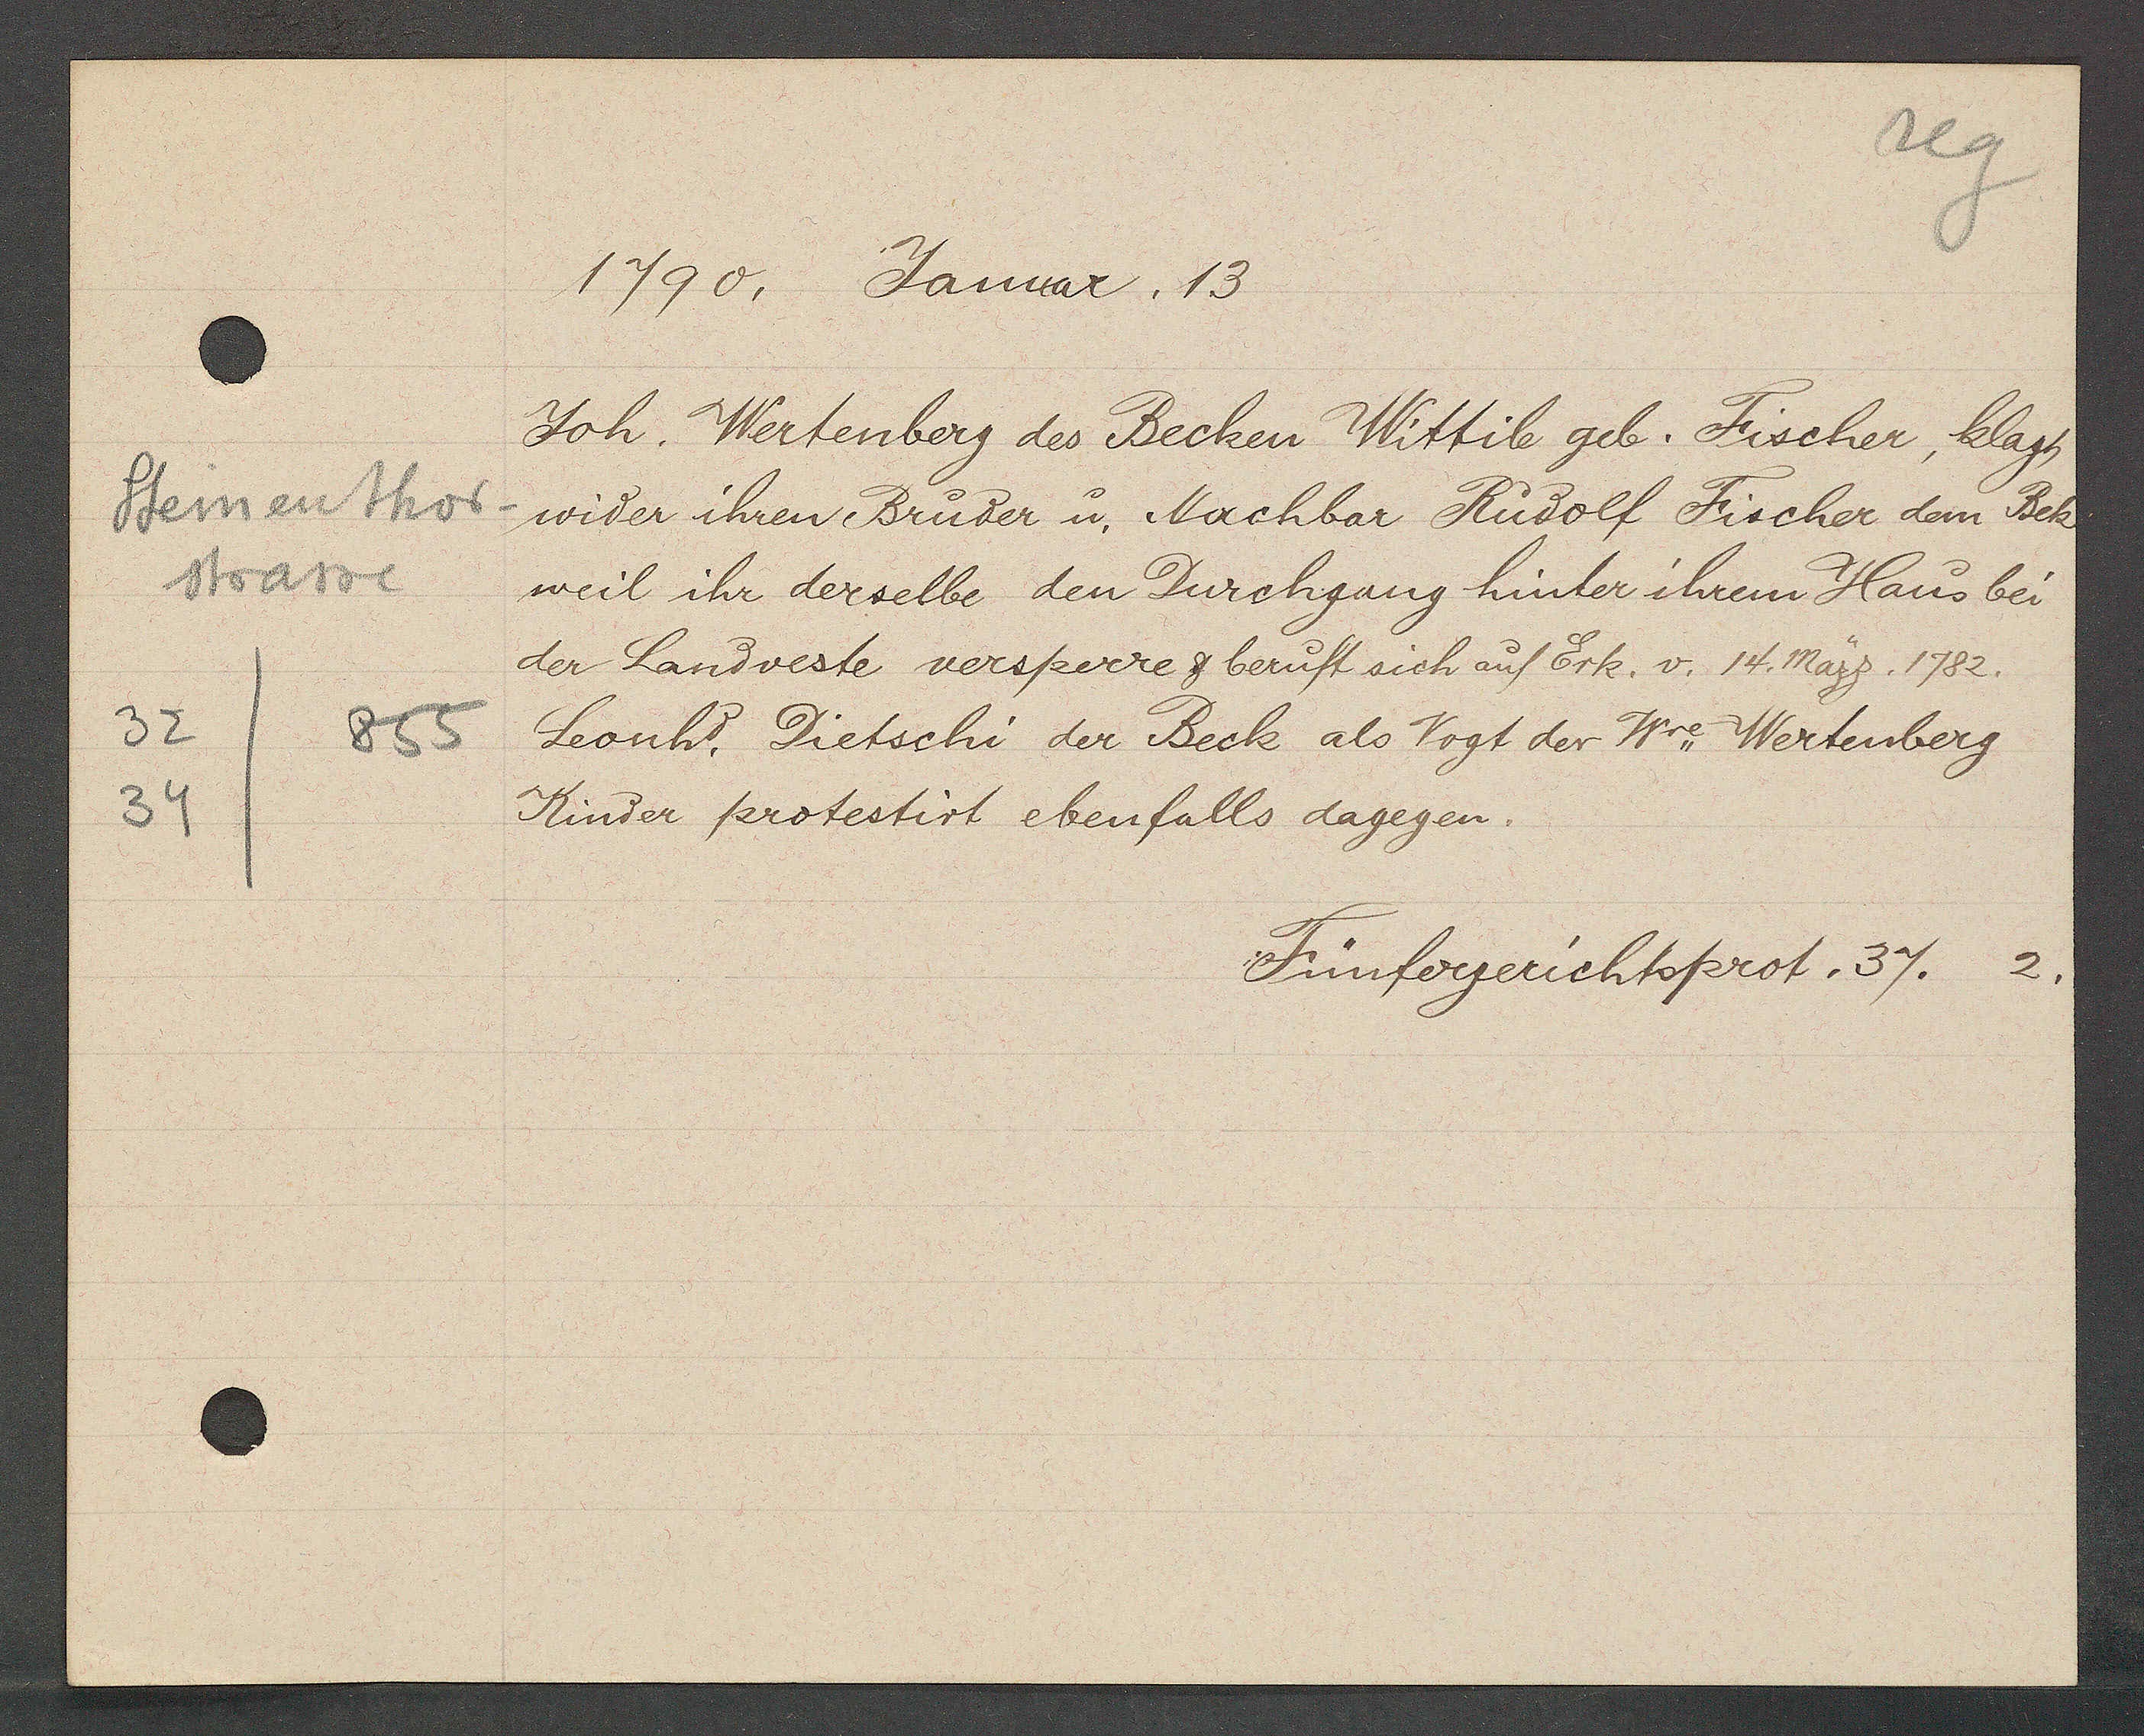
Transcript:
Steinenthor
strasse
32
855
34

1790, Januar, 13

Joh. Wertenberg des Becken Wittib geb. Fischer, klagt
wider ihren Bruder u. Nachbar Rudolf Fischer dem Bek
weil ihr derselbe den Durchgang hinter ihrem Haus bei
der Landveste versperre & beruft sich auf Erk. v. 14. März. 1782.
Leonh. Dietschi der Beck als Vogt der Wwe Wertenberg
Kinder protestirt ebenfalls dagegen.

Fünfergerichtsprot. 37. 2.